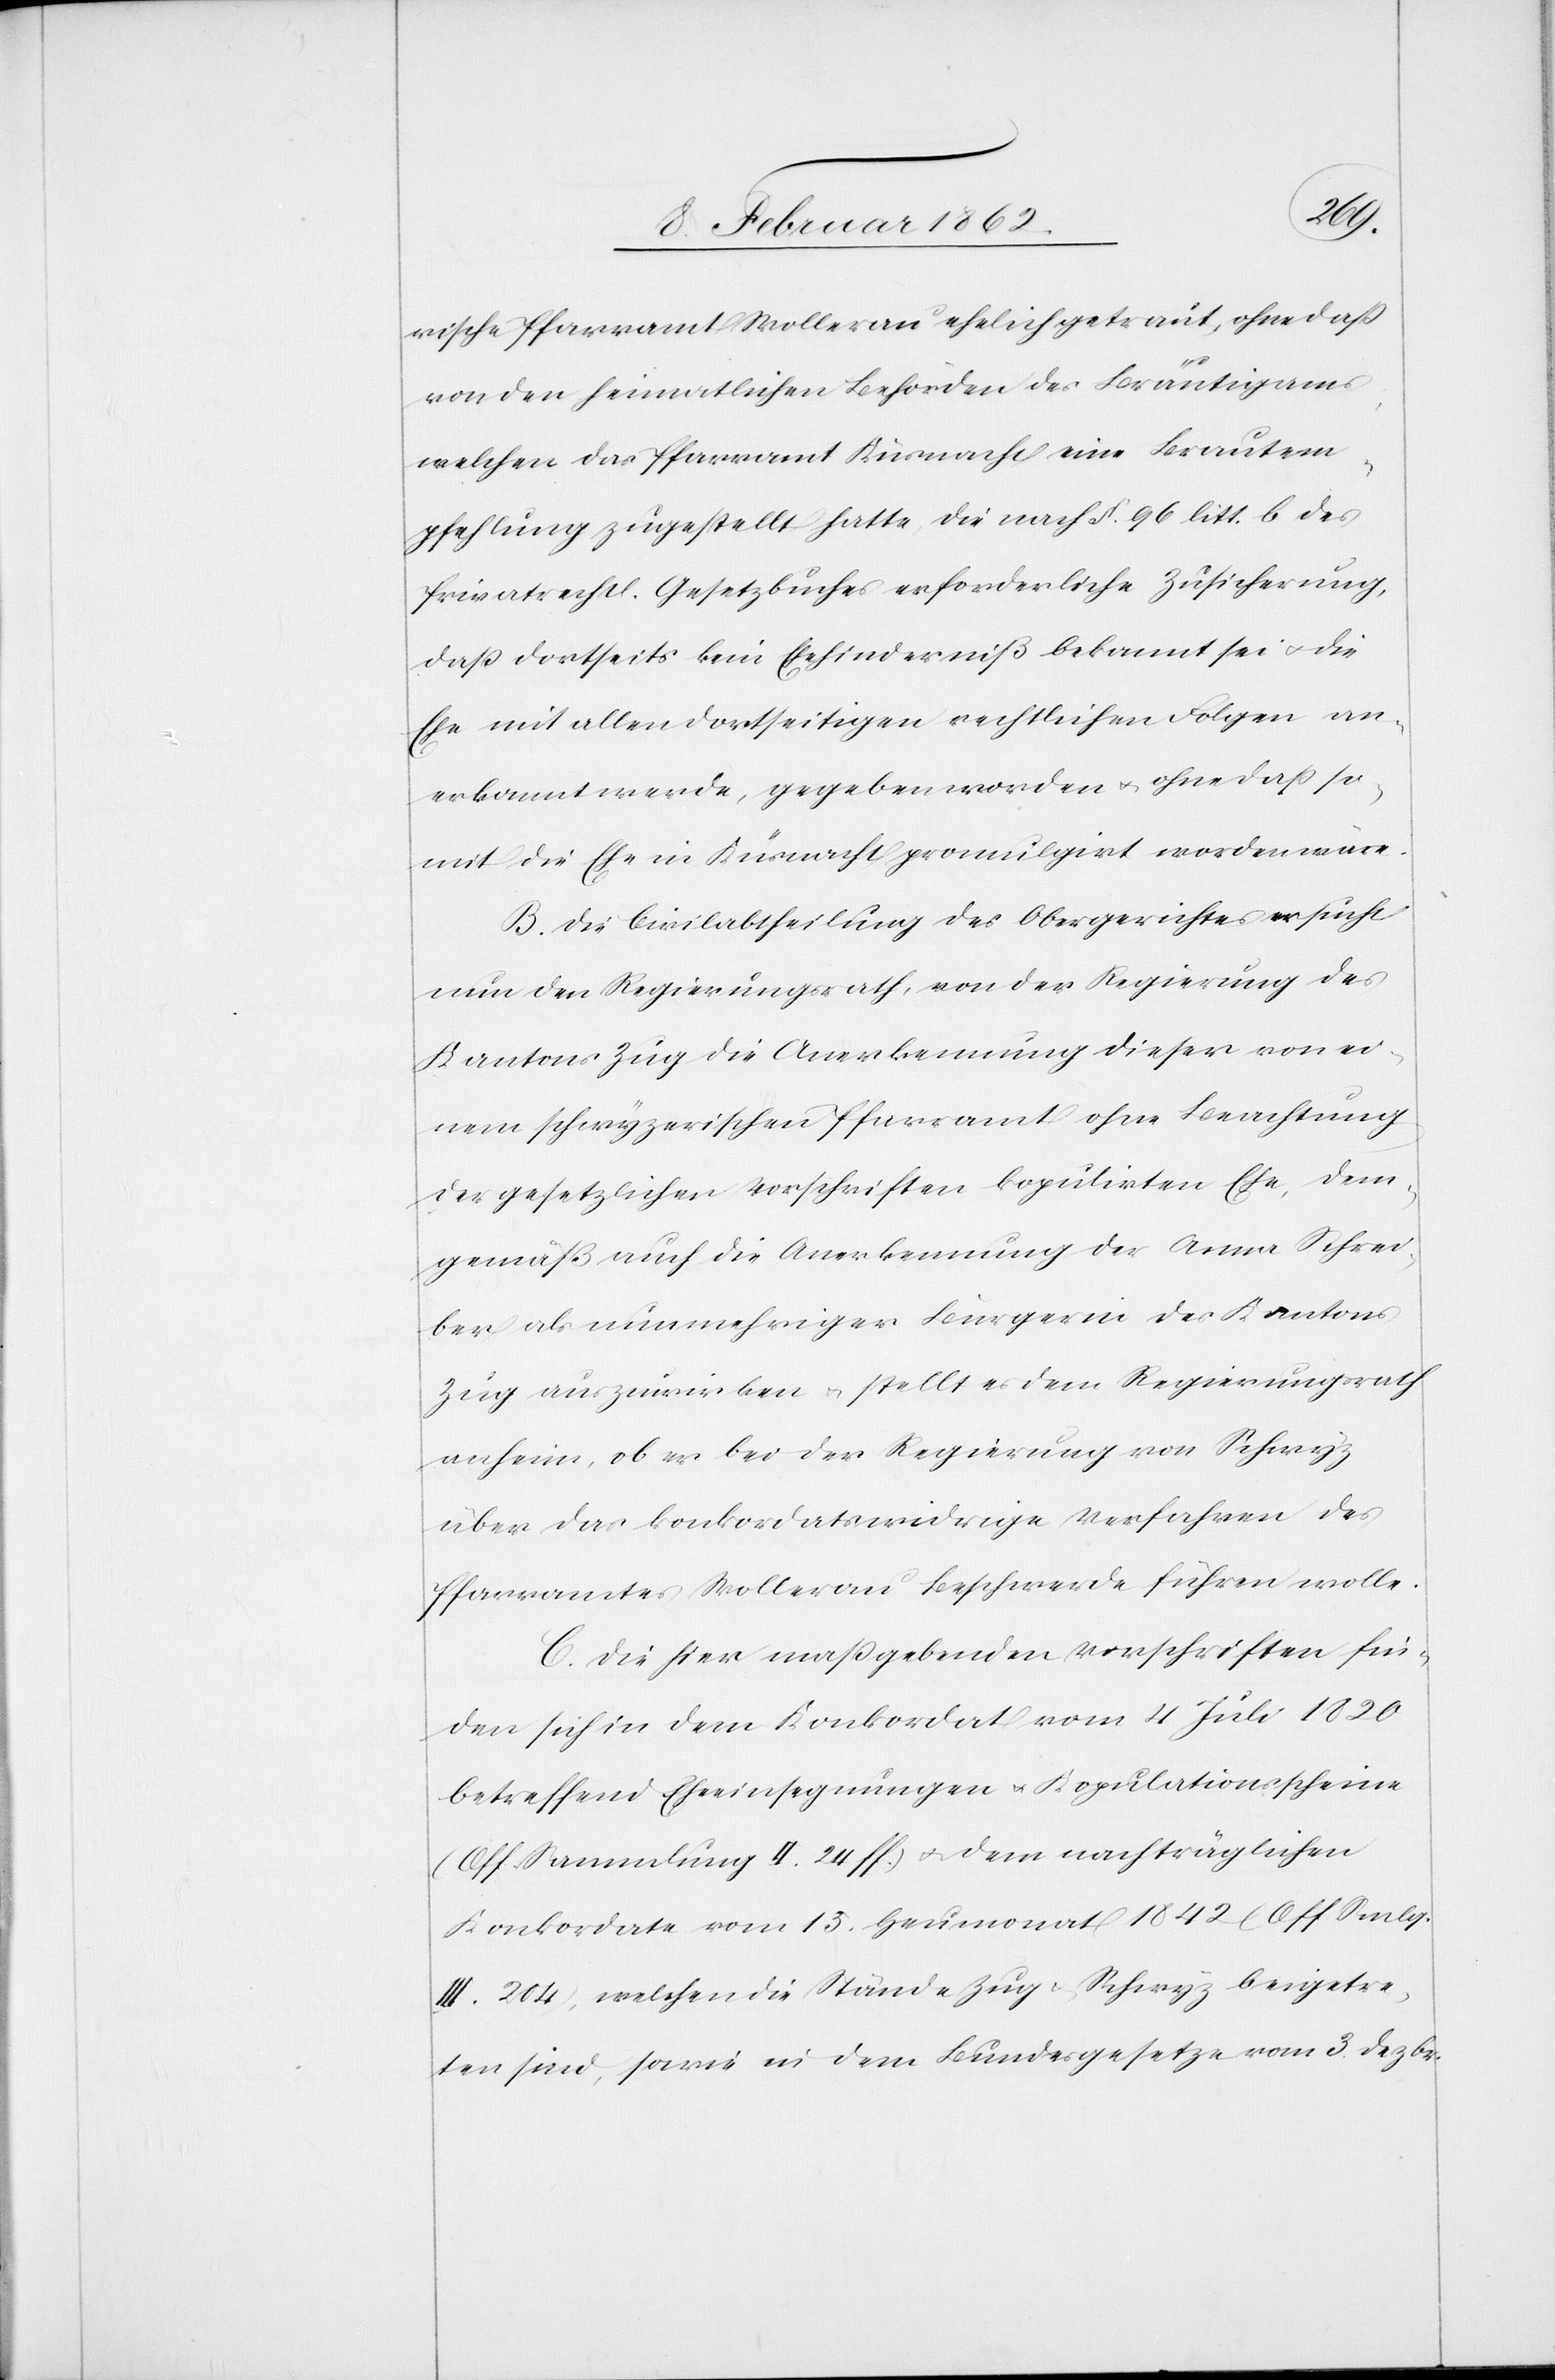
rische Pfarramt Wollerau ehelich getraut, ohne daß
von den heimatlichen Behörden des Bräutigams,
welchen das Pfarramt Küsnacht eine Brautem¬
pfehlung zugestellt hatte, die nach §. 96 litt. b des
Privatrechtl. Gesetzbuches erforderliche Zusicherung,
daß dortseits kein Ehehinderniß bekannt sei u. die
Ehe mit allen dortseitigen rechtlichen Folgen an¬
erkannt werde, gegeben worden u. ohne daß so¬
mit die Ehe in Küsnacht promulgirt worden wäre.
B. Die Civilabtheilung des Obergerichtes ersucht
nun den Regierungsrath, von der Regierung des
Kantons Zug die Anerkennung dieser von ei¬
nem schwyzerischen Pfarramt ohne Beachtung
der gesetzlichen Vorschriften kopulirten Ehe, dem¬
gemäß auch die Anerkennung der Anna Schrei¬
ber als nunmehriger Bürgerin des Kantons
Zug auszuwirken u. stellt es dem Regierungsrath
anheim, ob er bei der Regierung von Schwyz
über das konkordatswidrige Verfahren des
Pfarramtes Wollerau Beschwerde führen wolle.
C. Die hier maßgebenden Vorschriften fin¬
den sich in dem Konkordat vom 4 Juli 1820
betreffend Eheeinsegnungen u. Kopulationsscheine
(Off. Sammlung II. 24 ff.) u. dem nachträglichen
Konkordate vom 15. Heumonat 1842 (Off Smlg.
III. 204), welchen die Stände Zug u. Schwyz beigetre¬
ten sind, sowie in dem Bundesgesetze vom 3. Dezbr.